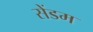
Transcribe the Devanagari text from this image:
सेंडम